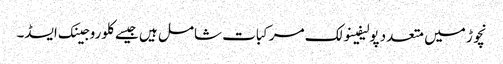
نچوڑ میں متعدد پولیفینولک مرکبات شامل ہیں جیسے کلوروجینک ایسڈ۔